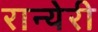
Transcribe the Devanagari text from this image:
रान्येरी